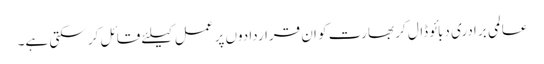
عالمی برادری دبائو ڈال کر بھارت کو ان قراردادوں پر عمل کیلئے قائل کر سکتی ہے۔